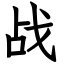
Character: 战